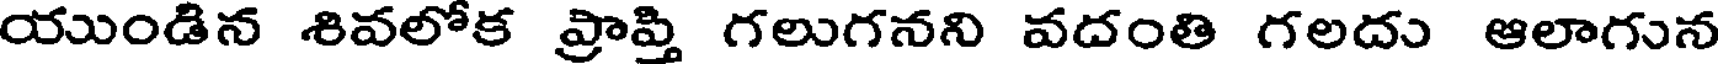
యుండిన శివలోక ప్రాప్తి గలుగనని వదంతి గలదు ఆలాగున